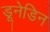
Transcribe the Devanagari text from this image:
डूनेडिन